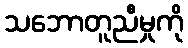
သဘောတူညီမှုကို